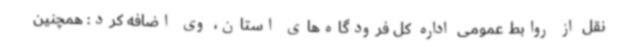
نقل از روابط عمومی اداره کل فرودگاه‌های استان، وی اضافه کرد: همچنین